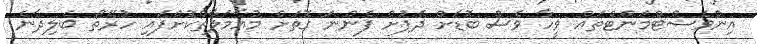
އިންވެސްޓްމަންޓްތައް ވީހާ ވެސް ބޮޑަށް ދެފުށް ފެންނަ ގޮތަށް މުއާމަލާތްކޮށްފައި ހުރޭތޯ ބެލިދާނެ